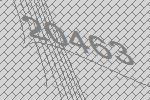
20463